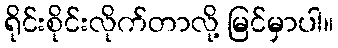
ရိုင်းစိုင်းလိုက်တာလို့ မြင်မှာပါ။